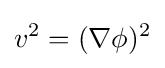
v^{2}=(\nabla \phi )^{2}